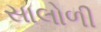
સાલોળી